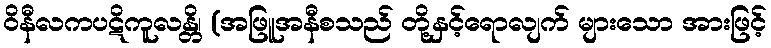
ဝိနီလကပဋိကူလန္တိ၊ (အဖြူအနီစသည် တို့နှင့်ရောလျက် များသော အားဖြင့်